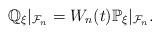
LaTeX: \begin{align*}\mathbb{Q}_\xi|_{\mathcal{F}_n}=W_n(t)\mathbb{P}_\xi|_{\mathcal{F}_n}.\end{align*}